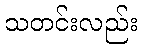
သတင်းလည်း